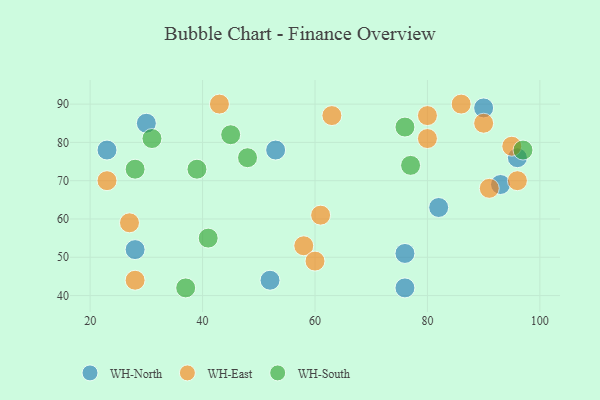
{"axis": {"x": "GDP", "y": "Life Expectancy"}, "legend": ["WH-East", "WH-North", "WH-South"], "data": [{"x": "52", "y": 44, "type": "WH-North"}, {"x": "23", "y": 78, "type": "WH-North"}, {"x": "30", "y": 85, "type": "WH-North"}, {"x": "28", "y": 52, "type": "WH-North"}, {"x": "90", "y": 89, "type": "WH-North"}, {"x": "93", "y": 69, "type": "WH-North"}, {"x": "76", "y": 42, "type": "WH-North"}, {"x": "76", "y": 51, "type": "WH-North"}, {"x": "82", "y": 63, "type": "WH-North"}, {"x": "96", "y": 76, "type": "WH-North"}, {"x": "53", "y": 78, "type": "WH-North"}, {"x": "86", "y": 90, "type": "WH-East"}, {"x": "80", "y": 87, "type": "WH-East"}, {"x": "43", "y": 90, "type": "WH-East"}, {"x": "23", "y": 70, "type": "WH-East"}, {"x": "80", "y": 81, "type": "WH-East"}, {"x": "61", "y": 61, "type": "WH-East"}, {"x": "58", "y": 53, "type": "WH-East"}, {"x": "28", "y": 44, "type": "WH-East"}, {"x": "60", "y": 49, "type": "WH-East"}, {"x": "91", "y": 68, "type": "WH-East"}, {"x": "95", "y": 79, "type": "WH-East"}, {"x": "90", "y": 85, "type": "WH-East"}, {"x": "27", "y": 59, "type": "WH-East"}, {"x": "96", "y": 70, "type": "WH-East"}, {"x": "63", "y": 87, "type": "WH-East"}, {"x": "39", "y": 73, "type": "WH-South"}, {"x": "48", "y": 76, "type": "WH-South"}, {"x": "76", "y": 84, "type": "WH-South"}, {"x": "97", "y": 78, "type": "WH-South"}, {"x": "31", "y": 81, "type": "WH-South"}, {"x": "41", "y": 55, "type": "WH-South"}, {"x": "28", "y": 73, "type": "WH-South"}, {"x": "77", "y": 74, "type": "WH-South"}, {"x": "45", "y": 82, "type": "WH-South"}, {"x": "37", "y": 42, "type": "WH-South"}]}